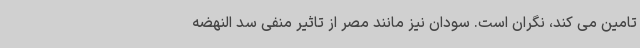
تامین می کند، نگران است. سودان نیز مانند مصر از تاثیر منفی سد النهضه